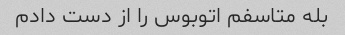
بله متاسفم اتوبوس را از دست دادم